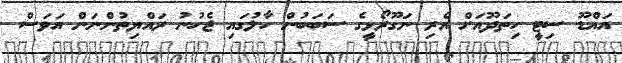
އައްޑޫ ސިޓީ ހިތަދޫއަށް އެރި ނަގޫރޯޅީގެ ސަބަބުން ހާލުގައި ޖެހުނު ރައްޔިތުންނަން އަވަސް